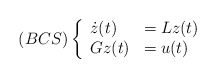
\begin{align*} (BCS)\left\{ \begin{array}{ll} \dot{z}(t)&=Lz(t)\\ Gz(t)&=u(t) \end{array} \right.\end{align*}